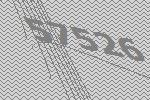
57526